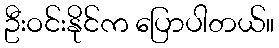
ဦးဝင်းနိုင်က ပြောပါတယ်။